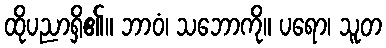
ထိုပညာရှိ၏။ ဘာဝံ၊ သဘောကို။ ပရော၊ သူတ